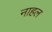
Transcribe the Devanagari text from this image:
नाहल